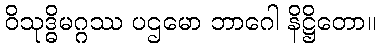
ဝိသုဒ္ဓိမဂ္ဂဿ ပဌမော ဘာဂေါ နိဋ္ဌိတော။